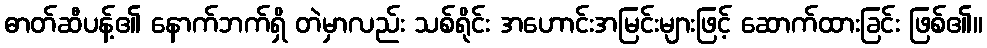
ဓာတ်ဆီပန့်၏ နောက်ဘက်ရှိ တဲမှာလည်း သစ်ရိုင်း အဟောင်းအမြင်းများဖြင့် ဆောက်ထားခြင်း ဖြစ်၏။